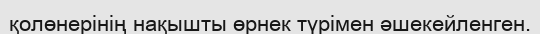
қолөнерінің нақышты өрнек түрімен әшекейленген.